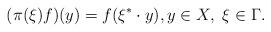
LaTeX: \begin{align*} (\pi(\xi)f)(y)=f(\xi^*\cdot y),y\in X,\ \xi\in\Gamma.\end{align*}